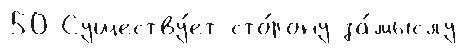
50 Существу́ет сто́рону за́мыслу